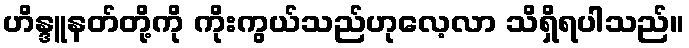
ဟိန္ဒူနတ်တို့ကို ကိုးကွယ်သည်ဟုလေ့လာ သိရှိရပါသည်။